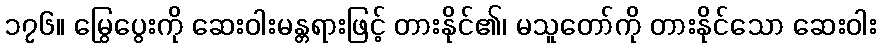
၁၇၆။ မြွေပွေးကို ဆေးဝါးမန္တရားဖြင့် တားနိုင်၏၊ မသူတော်ကို တားနိုင်သော ဆေးဝါး